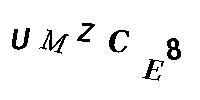
UMZCE8